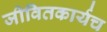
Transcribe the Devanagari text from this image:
जीवितकार्यच